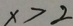
x > 2